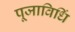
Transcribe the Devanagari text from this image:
पूजाविधिं